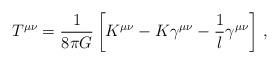
LaTeX: \begin{align*}T^{\mu\nu} = \frac{1}{8\pi G}\left[K^{\mu\nu} - K \gamma^{\mu\nu} - \frac 1l \gamma^{\mu\nu}\right]\,, \end{align*}